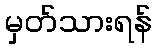
မှတ်သားရန်